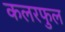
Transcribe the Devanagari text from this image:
कलरफुल